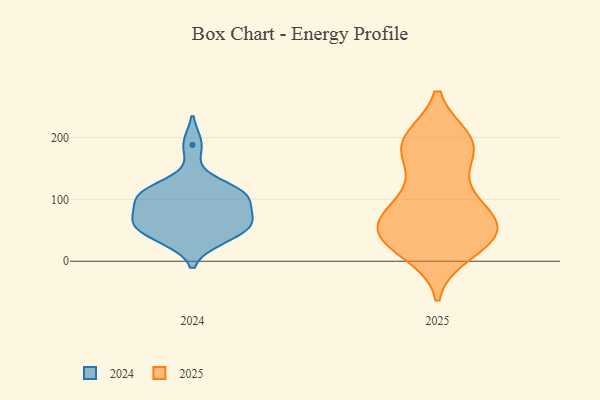
{"axis": {"x": "Bounce Rate (%)", "y": "Value"}, "legend": ["2024", "2025"], "data": [{"x": "", "y": 112, "type": "2024"}, {"x": "", "y": 65, "type": "2024"}, {"x": "", "y": 106, "type": "2024"}, {"x": "", "y": 188, "type": "2024"}, {"x": "", "y": 62, "type": "2024"}, {"x": "", "y": 40, "type": "2024"}, {"x": "", "y": 104, "type": "2024"}, {"x": "", "y": 58, "type": "2024"}, {"x": "", "y": 79, "type": "2024"}, {"x": "", "y": 36, "type": "2024"}, {"x": "", "y": 108, "type": "2024"}, {"x": "", "y": 60, "type": "2024"}, {"x": "", "y": 115, "type": "2024"}, {"x": "", "y": 178, "type": "2025"}, {"x": "", "y": 48, "type": "2025"}, {"x": "", "y": 119, "type": "2025"}, {"x": "", "y": 24, "type": "2025"}, {"x": "", "y": 187, "type": "2025"}, {"x": "", "y": 178, "type": "2025"}, {"x": "", "y": 73, "type": "2025"}, {"x": "", "y": 39, "type": "2025"}, {"x": "", "y": 15, "type": "2025"}, {"x": "", "y": 196, "type": "2025"}, {"x": "", "y": 35, "type": "2025"}, {"x": "", "y": 196, "type": "2025"}, {"x": "", "y": 46, "type": "2025"}, {"x": "", "y": 66, "type": "2025"}, {"x": "", "y": 49, "type": "2025"}, {"x": "", "y": 99, "type": "2025"}, {"x": "", "y": 89, "type": "2025"}, {"x": "", "y": 57, "type": "2025"}, {"x": "", "y": 191, "type": "2025"}]}